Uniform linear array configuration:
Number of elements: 64
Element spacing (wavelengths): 0.75
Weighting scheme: blackman
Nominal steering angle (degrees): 45
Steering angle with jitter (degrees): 46.584
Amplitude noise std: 0.05
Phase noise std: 0.05

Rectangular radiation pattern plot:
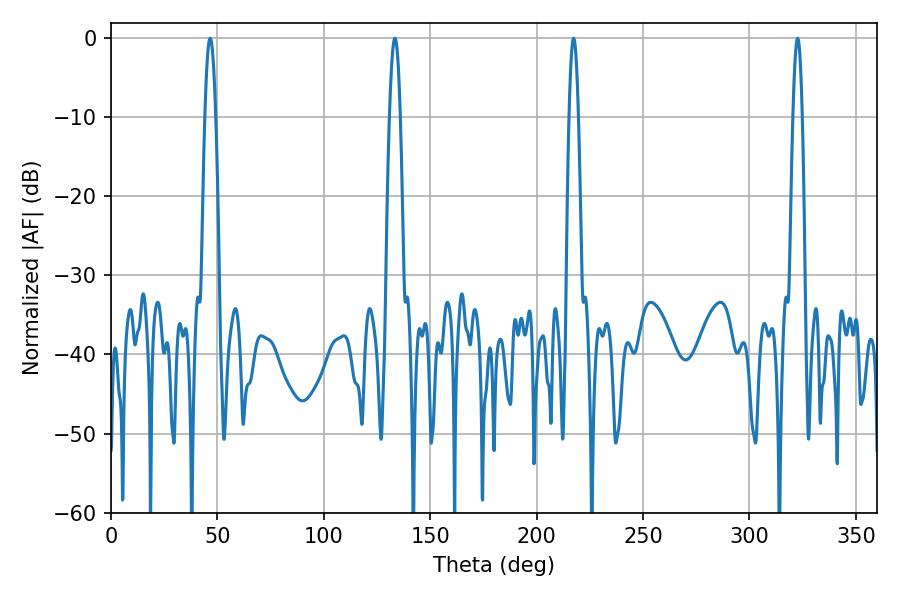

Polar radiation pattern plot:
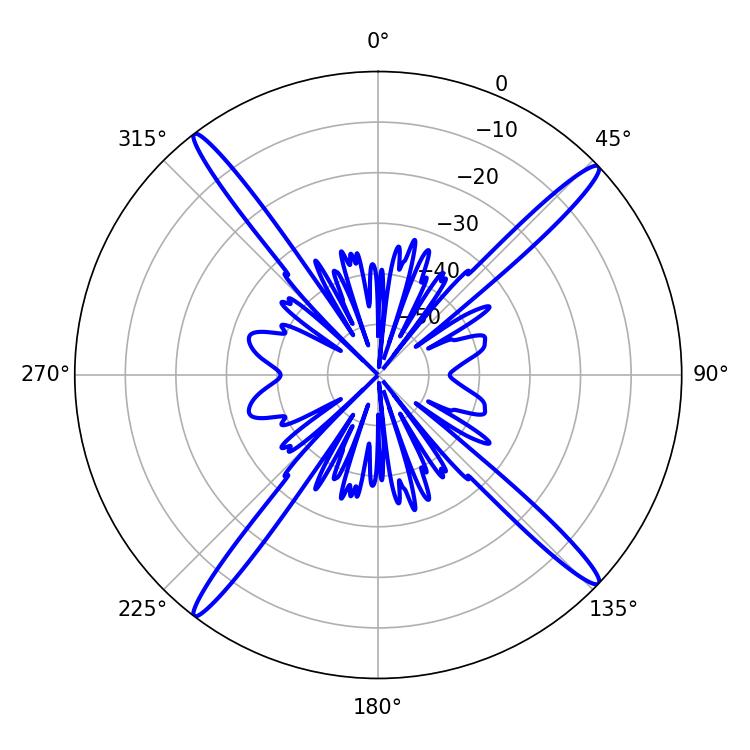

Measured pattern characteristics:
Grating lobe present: TRUE
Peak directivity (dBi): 19.709
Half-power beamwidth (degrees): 2.7
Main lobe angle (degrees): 46.62